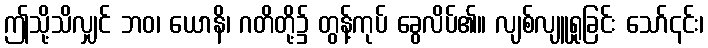
ဤသို့သိလျှင် ဘဝ၊ ယောနိ၊ ဂတိတို့၌ တွန့်ကုပ် ခွေလိပ်၏။ လျစ်လျူရှုခြင်း သော်၎င်း၊